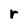
Character: r